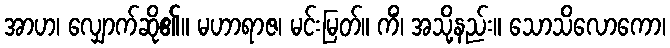
အာဟ၊ လျှောက်ဆို၏။ မဟာရာဇ၊ မင်းမြတ်။ ကိံ၊ အသို့နည်း။ သောသိလောကော၊